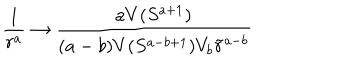
\frac { 1 } { r ^ { a } } \rightarrow \frac { a V ( S ^ { a + 1 } ) } { ( a - b ) V ( S ^ { a - b + 1 } ) V _ { b } \tilde { r } ^ { a - b } }